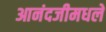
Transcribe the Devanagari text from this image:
आनंदजीमधले